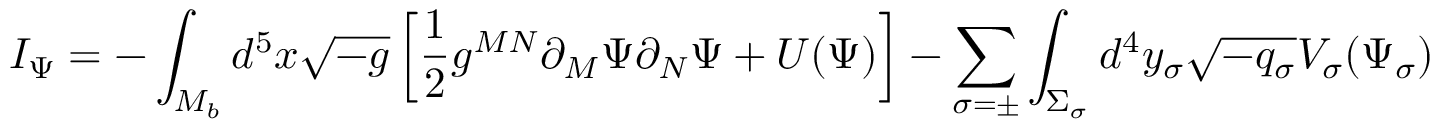
I _ { \Psi } = - \int _ { { \cal M } _ { b } } d ^ { 5 } x \sqrt { - g } \left[ \frac { 1 } { 2 } g ^ { M N } \partial _ { M } \Psi \partial _ { N } \Psi + U ( \Psi ) \right] - \sum _ { \sigma = \pm } \int _ { \Sigma _ { \sigma } } d ^ { 4 } y _ { \sigma } \sqrt { - q _ { \sigma } } V _ { \sigma } ( \Psi _ { \sigma } )